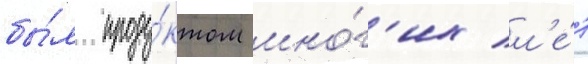
бы́л проду́ктом мно́г'их л'е́т